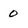
Character: 0